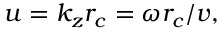
u = k _ { z } r _ { c } = \omega r _ { c } / v ,